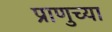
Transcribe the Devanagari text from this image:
प्राणुच्या